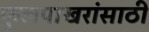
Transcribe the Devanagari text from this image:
फुलपाखरांसाठी